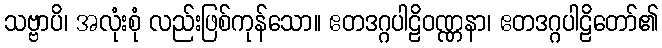
သဗ္ဗာပိ၊ အလုံးစုံ လည်းဖြစ်ကုန်သော။ ဧတဒဂ္ဂပါဠိဝဏ္ဏနာ၊ ဧတဒဂ္ဂပါဠိတော်၏